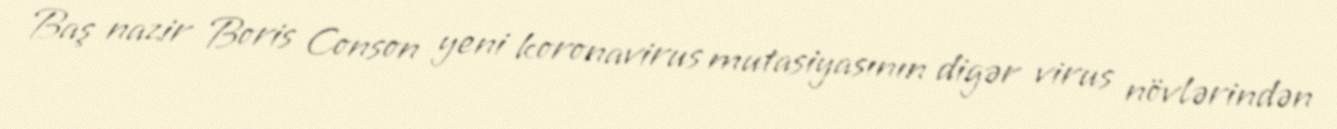
Baş nazir Boris Conson yeni koronavirus mutasiyasının digər virus növlərindən